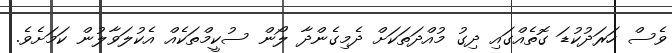
ވެސް ހަރަދުކުޑަ ގޮތެއްގައި ދިގު މުއްދަތަކަށް ދެމިގެންދާ ލޯން ސުކީމްތަކެއް އެކުލަވާލުން ކަމަށެވެ.